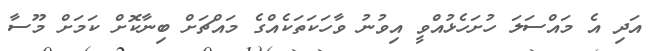
އަދި އެ މައްސަލަ ހުށަހެޅުއްވީ އިވުނު ވާހަކަތަކެއްގެ މައްޗަށް ބިނާކޮށް ކަަމަށް މޫސާ